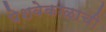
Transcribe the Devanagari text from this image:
पेशवेकाळाची